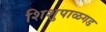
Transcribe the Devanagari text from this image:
शिशुपाळगड